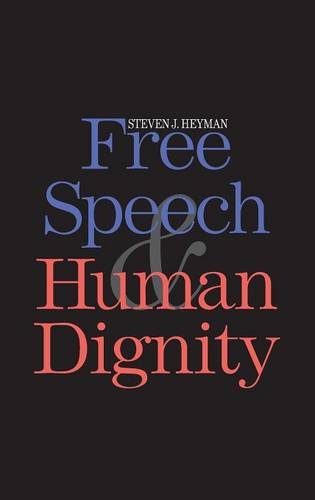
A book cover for Free Speech and Human Dignity; Steven J. Heyman; Law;